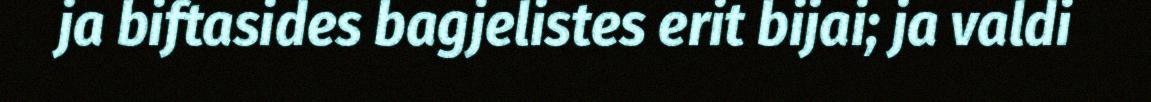
ja biftasides bagjelistes erit bijai; ja valdi